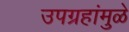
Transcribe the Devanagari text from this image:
उपग्रहांमुळे